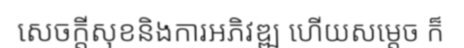
សេចក្តីសុខនិងការអភិវឌ្ឍ ហើយសម្តេច ក៏